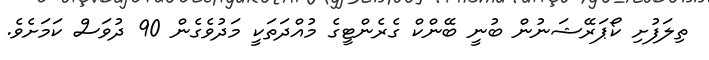
ތިލަފުށި ކޯޕަރޭޝަނުން ބުނީ ބޭންކް ގެރެންޓީގެ މުއްދަތަކީ މަދުވެގެން 90 ދުވަސް ކަމަށެވެ.